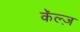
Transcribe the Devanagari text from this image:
कॅल्ज़